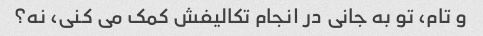
و تام، تو به جانی در انجام تکالیفش کمک می کنی، نه؟